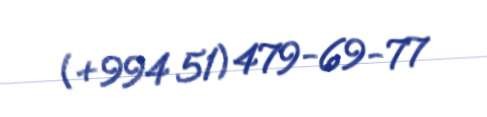
(+994 51) 479-69-77